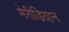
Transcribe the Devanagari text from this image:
मेरीडियान